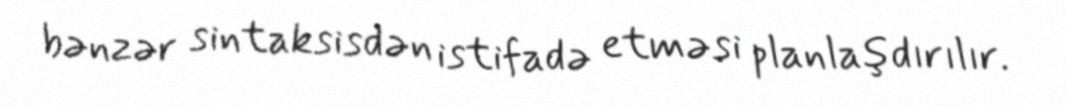
bənzər sintaksisdən istifadə etməsi planlaşdırılır.